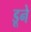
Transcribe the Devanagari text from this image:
डूने